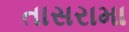
તાસરામા